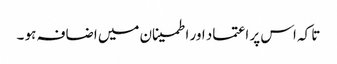
تا کہ اس پر اعتماد اور اطمینان میں اضافہ ہو ۔